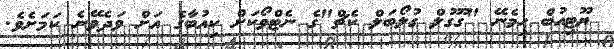
ޔޫޓިއުބް ހިމެނޭ "ގޫގުލް ގުލޯބަލް ކެޗް"ގެ ނެޓްވޯކަށް ކިއުބާގެ އަށް ވަދެވޭނެ ކަމަށެވެ.